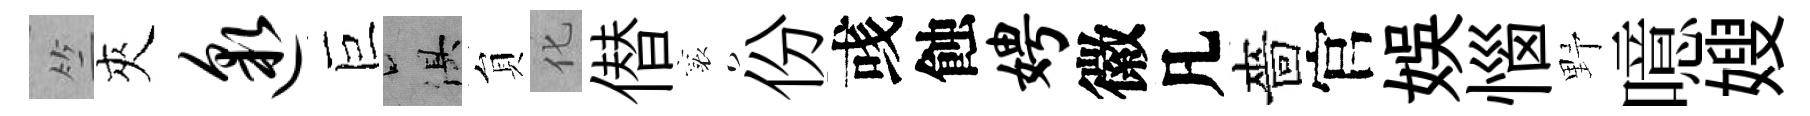
竺夾邈巨俱貟化僣襄份彧蝕娉徽凡嗇官娱惱野噫嫂